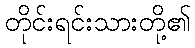
တိုင်းရင်းသားတို့၏